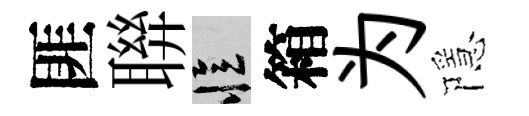
匪聨忆箱为隱